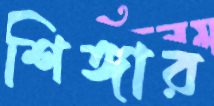
শিঙ্গার